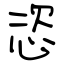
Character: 恣